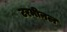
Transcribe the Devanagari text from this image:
टरमीनल